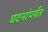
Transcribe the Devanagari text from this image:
घटनांपर्यंत